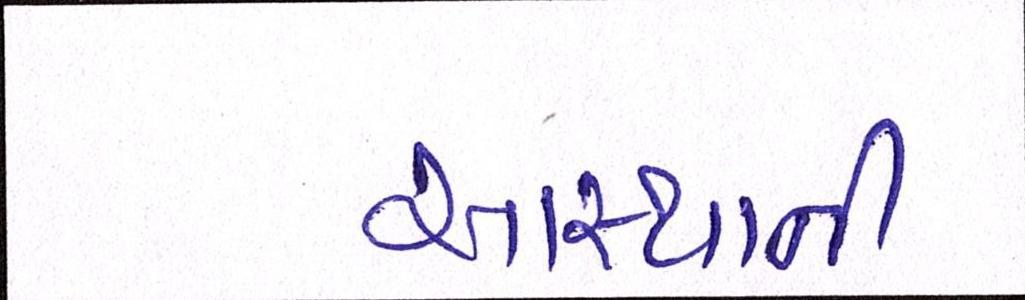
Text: આસ્થાની